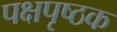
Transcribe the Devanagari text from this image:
पक्षपृष्ठक